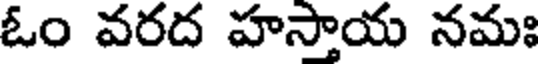
ఓం వరద హస్తాయ నమః